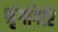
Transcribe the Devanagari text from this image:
श्रृंगगिरि